State Department UAP Cable 3, Tbilisi, Georgia, October 30, 2001
Agency: Department of State
Incident date: 10/28/2001-10/29/2001
Incident location: Georgia
Page 2
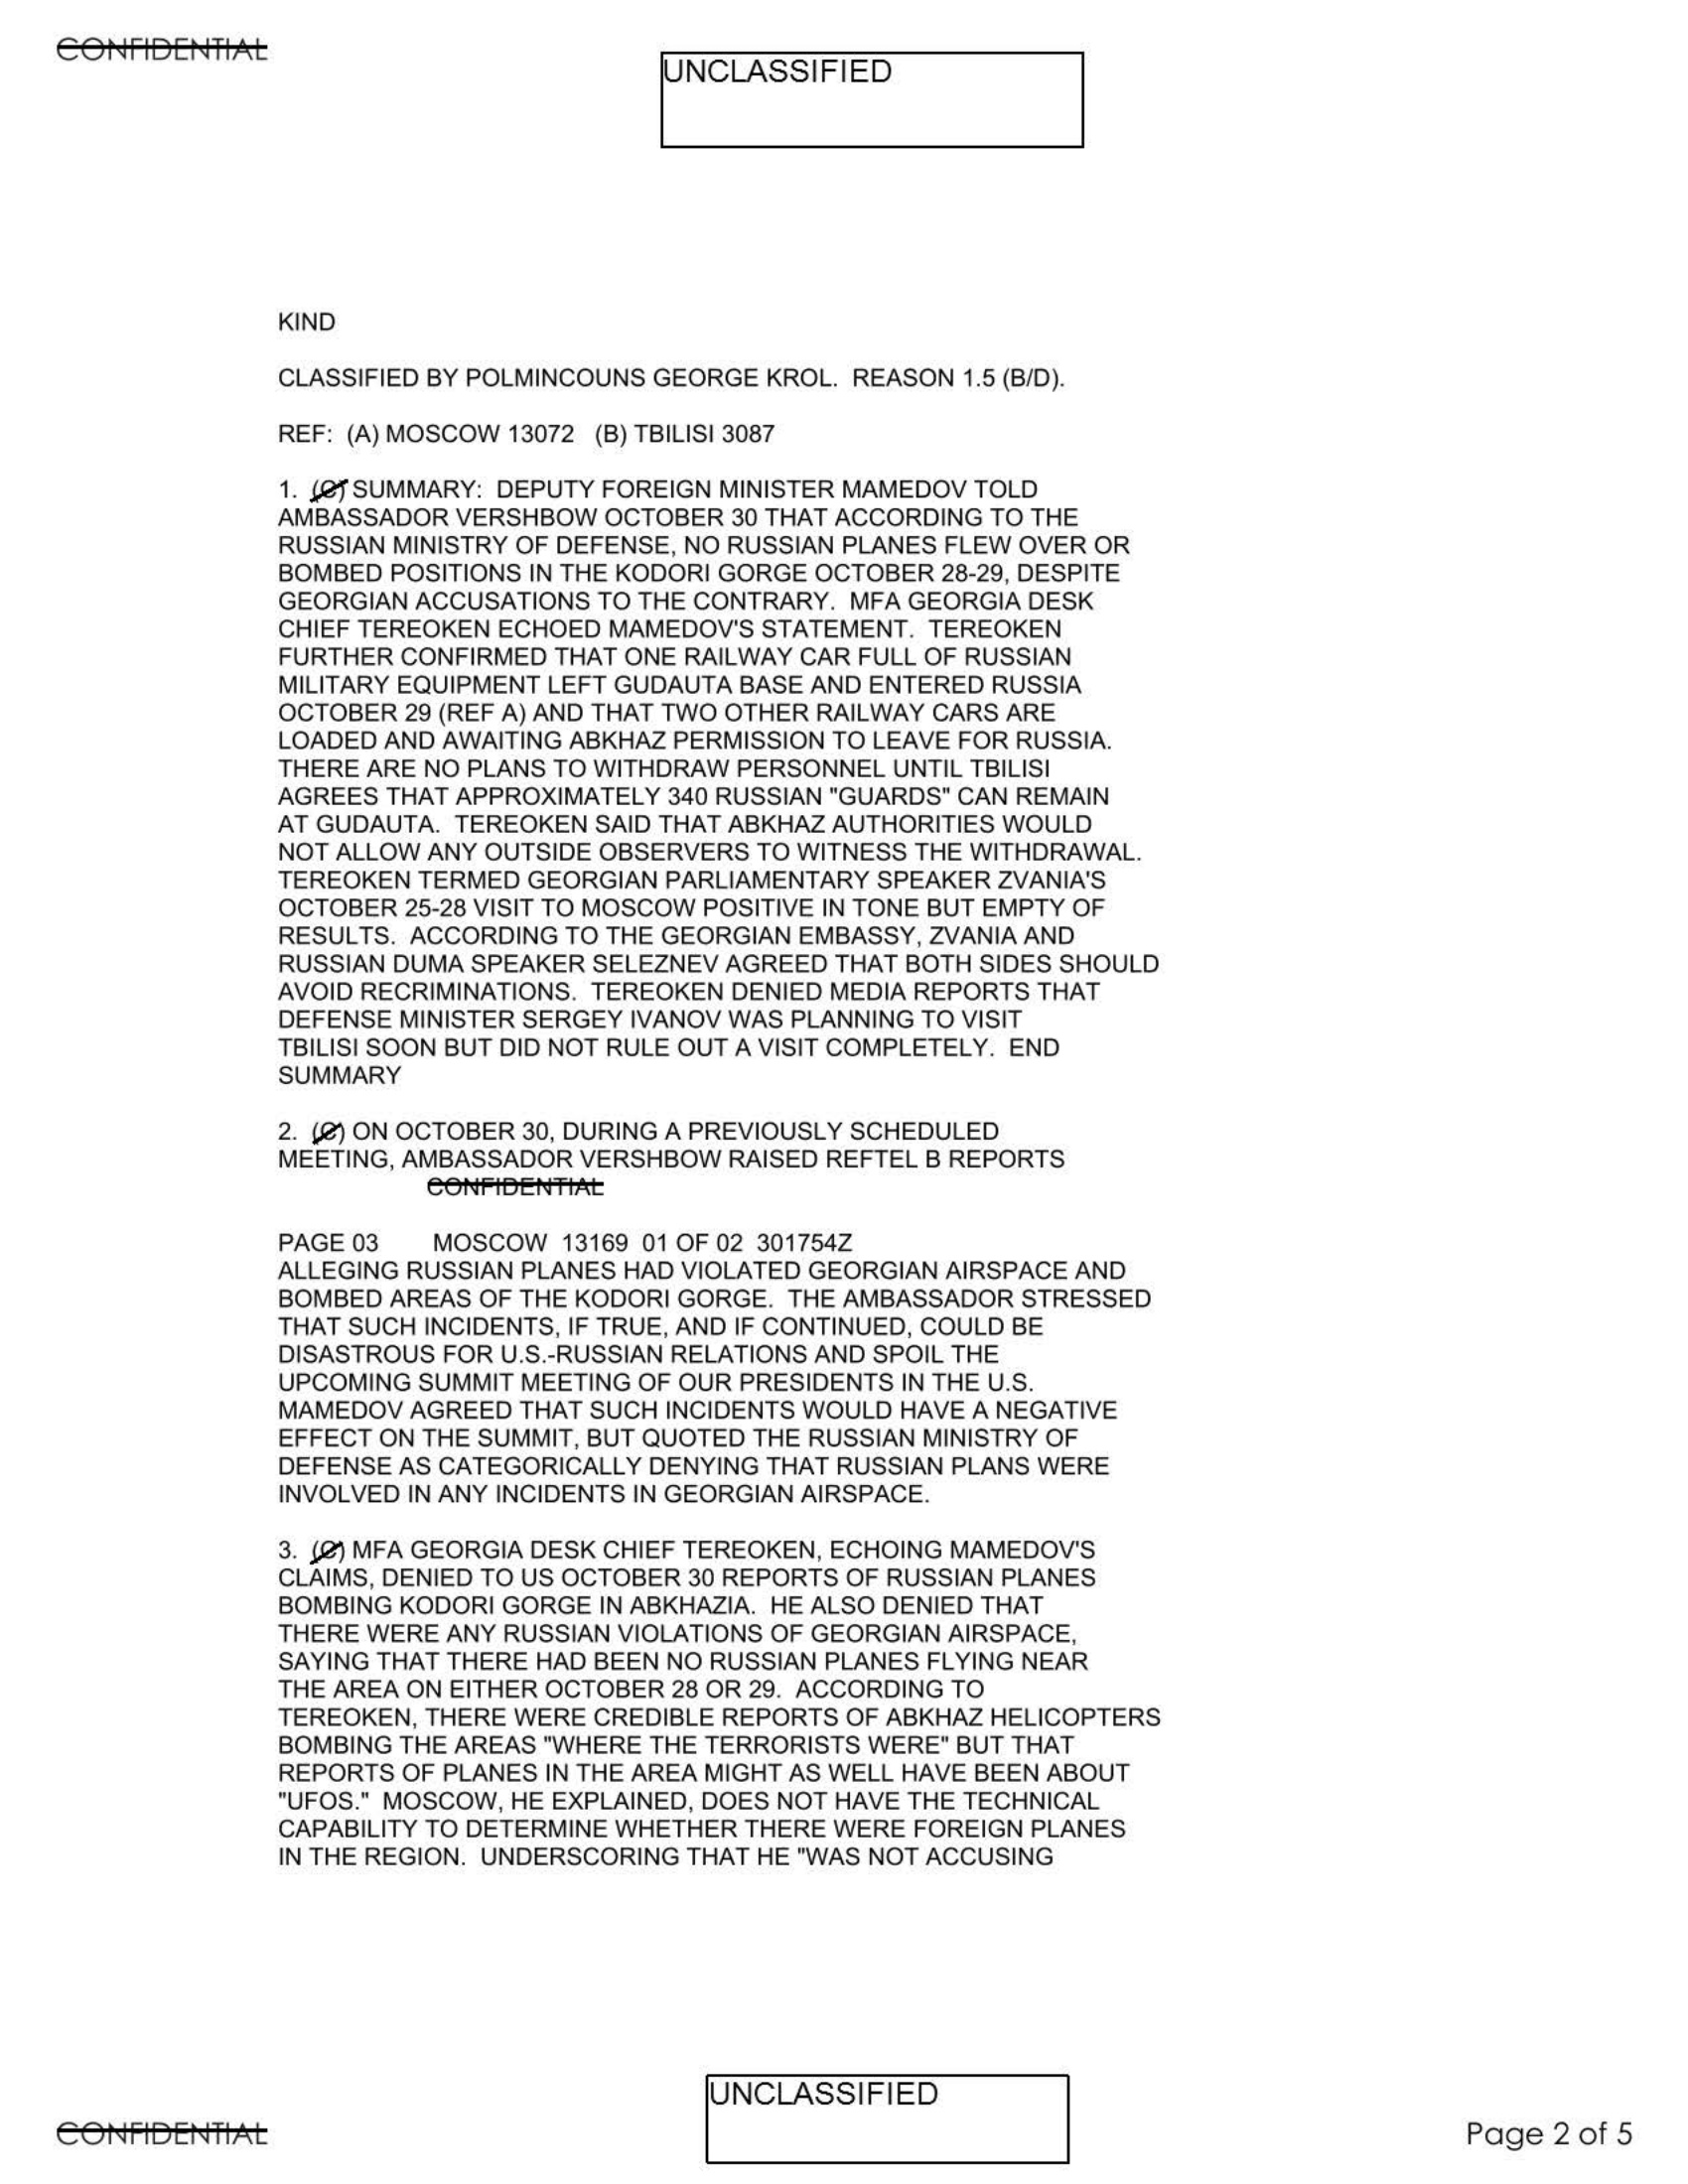